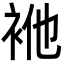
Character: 𮕴